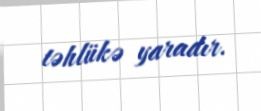
təhlükə yaradır.